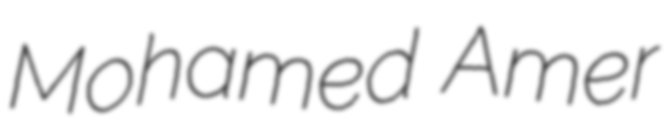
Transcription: Mohamed Amer